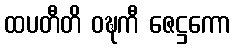
ထပတီတိ ဝဍ္ဎကီ ဇေဋ္ဌကော